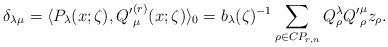
LaTeX: \begin{align*}\delta_{\lambda \mu}=\langle P_{\lambda}(x;\zeta),{Q'}^{(r)}_{\mu}(x;\zeta)\rangle_{0}=b_{\lambda}(\zeta)^{-1}\sum_{\rho\in CP_{r,n}}Q_{\rho}^{\lambda}{Q'}_{\rho}^{\mu}z_{\rho}.\end{align*}